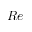
R e